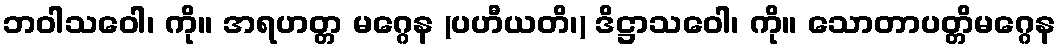
ဘဝါသဝေါ၊ ကို။ အရဟတ္တ မဂ္ဂေန (ပဟီယတိ၊) ဒိဋ္ဌာသဝေါ၊ ကို။ သောတာပတ္တိမဂ္ဂေန